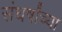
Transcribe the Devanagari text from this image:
संघर्षांच्या